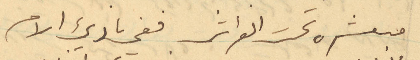
مبعثرة تحت الفراش ففي بادىء الامر